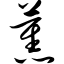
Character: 蕉